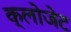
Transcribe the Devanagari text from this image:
क्लोजेट